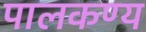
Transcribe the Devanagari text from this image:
पालकण्य